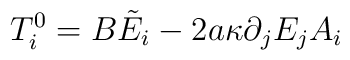
T^0_i=B\tilde E_i-2a\kappa\partial_jE_jA_i